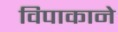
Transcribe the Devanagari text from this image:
विपाकाने